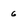
Character: 6